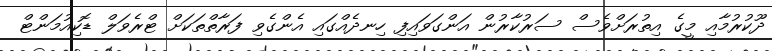
ދޫކުރުމާއި މީގެ އިތުރަށްވެސް ސަރުކާރުން އަންގަވައިފި ހިނދެއްގައި އެންގެވި ފަރާތްތަކަށް ޓްރެވަލް ޑޮކިއުމަންޓް